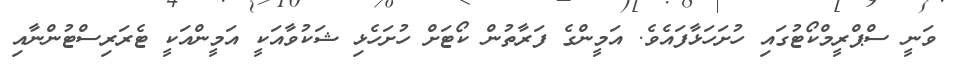
ވަނީ ސްޕްރީމްކޯޓުގައި ހުށަހަޅާފައެވެ. އަމީންގެ ފަރާތުން ކޯޓަށް ހުށަހެޅި ޝަކުވާއަކީ އަމީންއަކީ ޓެރަރިސްޓުންނާއި